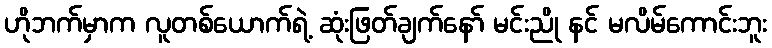
ဟိုဘက်မှာက လူတစ်ယောက်ရဲ့ ဆုံးဖြတ်ချက်နော် မင်းညို နင် မလိမ်ကောင်းဘူး